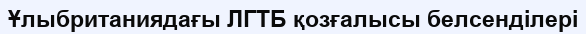
Ұлыбританиядағы ЛГТБ қозғалысы белсенділері